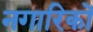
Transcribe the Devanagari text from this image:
नगारिकों